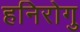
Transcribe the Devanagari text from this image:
हनिरोगु